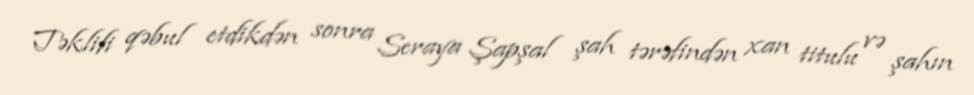
Təklifi qəbul etdikdən sonra Seraya Şapşal şah tərəfindən xan titulu və şahın